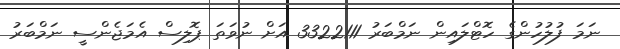
ނަމަ ފުލުހުންގެ ހޮޓްލައިން ނަމްބަރު 3322111 އަށް ނުވަތަ ޕޮލިސް އެމަޖެންސީ ނަމްބަރު